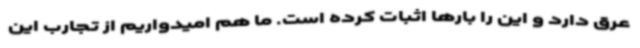
عرق دارد و این را بارها اثبات کرده است. ما هم امیدواریم از تجارب این